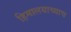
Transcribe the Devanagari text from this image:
हिमालयाच्याच